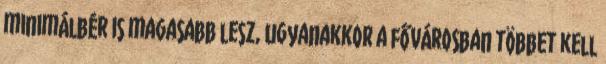
minimálbér is magasabb lesz, ugyanakkor a fővárosban többet kell